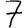
Digit: 7